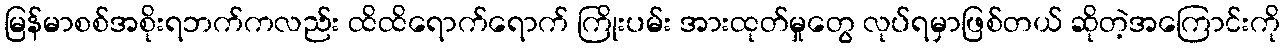
မြန်မာစစ်အစိုးရဘက်ကလည်း ထိထိရောက်ရောက် ကြိုးပမ်း အားထုတ်မှုတွေ လုပ်ရမှာဖြစ်တယ် ဆိုတဲ့အကြောင်းကို